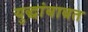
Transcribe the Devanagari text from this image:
युद्धांबाबत